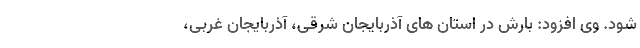
شود. وی افزود: بارش در استان های آذربایجان شرقی، آذربایجان غربی،